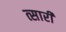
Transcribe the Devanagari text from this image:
त्सारी